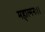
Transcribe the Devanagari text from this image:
महात्मनः।।